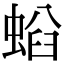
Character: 𧌤